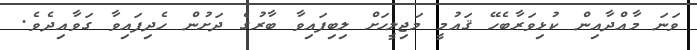
ވަނަ މާއްދާއިން ކުޅިވަރާބެހޭ ޤައުމީ މަޖިލީހަށް ލިބިފައިވާ ބާރުގެ ދަށުން ހެދިފައިވާ ގަވާއިދެވެ.